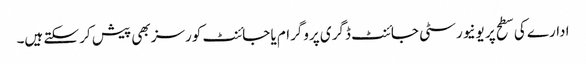
ادارے کی سطح پر یونیورسٹی جائنٹ ڈگری پروگرام یا جائنٹ کورسز بھی پیش کر سکتے ہیں۔